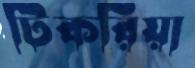
টিকরিয়া